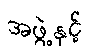
အဖွဲ့နှင့်